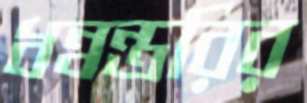
ধন্বন্তরির